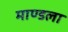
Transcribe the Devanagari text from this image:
माण्डला